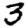
Digit: 3